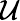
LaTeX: \cal U